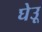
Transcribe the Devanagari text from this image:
घेउू